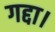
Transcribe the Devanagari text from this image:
गद्दा।